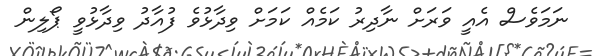
ނަމަވެސް އެއީ ވަރަށް ނާދިރު ކަމެއް ކަމަށް ވިދާޅުވެ ފުއާދު ވިދާޅުވީ ޕޯލިން